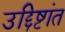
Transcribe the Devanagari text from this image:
उद्दिष्टांत